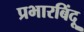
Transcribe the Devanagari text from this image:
प्रभारबिंदू